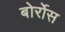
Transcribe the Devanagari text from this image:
बोर्रोस